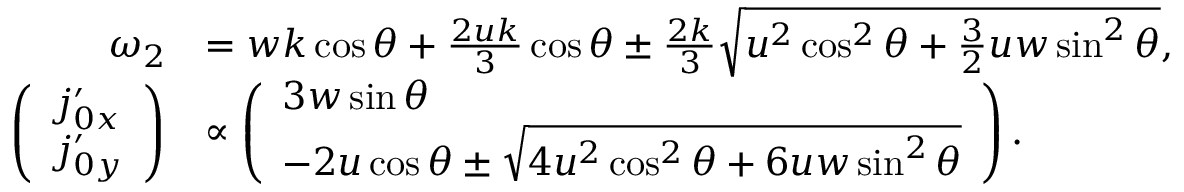
\begin{array} { r l } { \omega _ { 2 } } & { = w k \cos \theta + \frac { 2 u k } { 3 } \cos \theta \pm \frac { 2 k } { 3 } \sqrt { u ^ { 2 } \cos ^ { 2 } \theta + \frac { 3 } { 2 } u w \sin ^ { 2 } \theta } , } \\ { \left( \begin{array} { l } { \ensuremath { j _ { 0 x } ^ { \prime } } } \\ { \ensuremath { j _ { 0 y } ^ { \prime } } } \end{array} \right) } & { \propto \left( \begin{array} { l } { 3 w \sin \theta } \\ { - 2 u \cos \theta \pm \sqrt { 4 u ^ { 2 } \cos ^ { 2 } \theta + 6 u w \sin ^ { 2 } \theta } } \end{array} \right) . } \end{array}